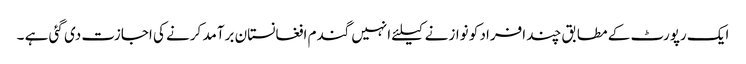
ایک رپورٹ کے مطابق چند افراد کو نوازنے کیلئے انہیں گندم افغانستان برآمد کرنے کی اجازت دی گئی ہے ۔